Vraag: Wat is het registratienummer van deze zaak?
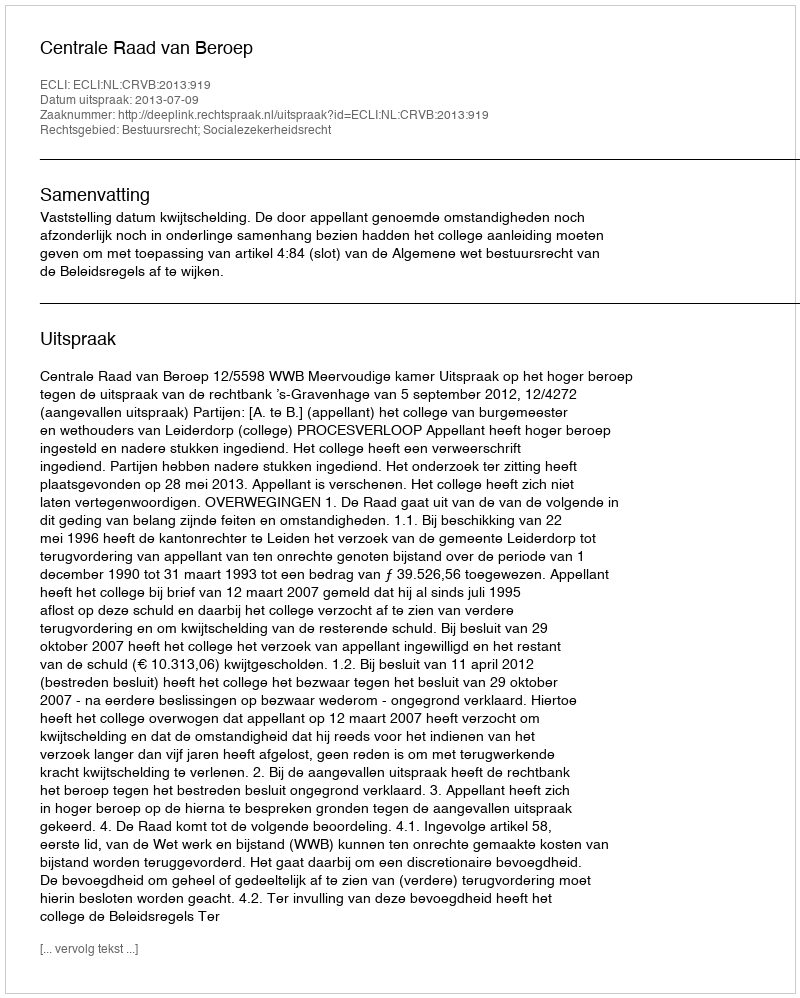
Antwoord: http://deeplink.rechtspraak.nl/uitspraak?id=ECLI:NL:CRVB:2013:919